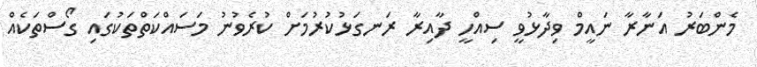
މެންބަރު އަނާރާ ނައީމް ވިދާޅުވީ ސިއްހީ ދާއިރާ ރަނގަޅުކުރުމަށް ކުރެވުނު މަސައްކަތްތަކުގައި ގޯސްތަކެއް